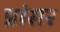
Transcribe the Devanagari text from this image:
प्रांसर